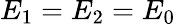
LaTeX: E_{1}=E_{2}=E_{0}